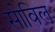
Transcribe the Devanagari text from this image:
सोविल